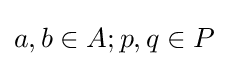
a,b\in A;p,q\in P